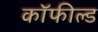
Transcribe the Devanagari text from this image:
कॉफील्ड